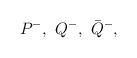
LaTeX: \begin{align*}P^-,\,\, Q^-,\,\, \bar{Q}^-,\end{align*}